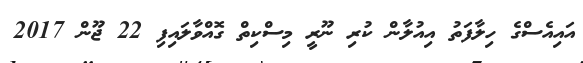
އައިއެސްގެ ހިލާފަތު އިއުލާން ކުރި ނޫރީ މިސްކިތް ގޮއްވާލައިފި 22 ޖޫން 2017